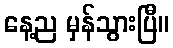
နေ့ည မှန်သွားပြီ။